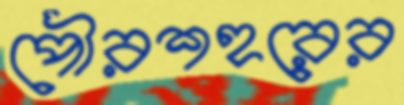
পৌরশহরের